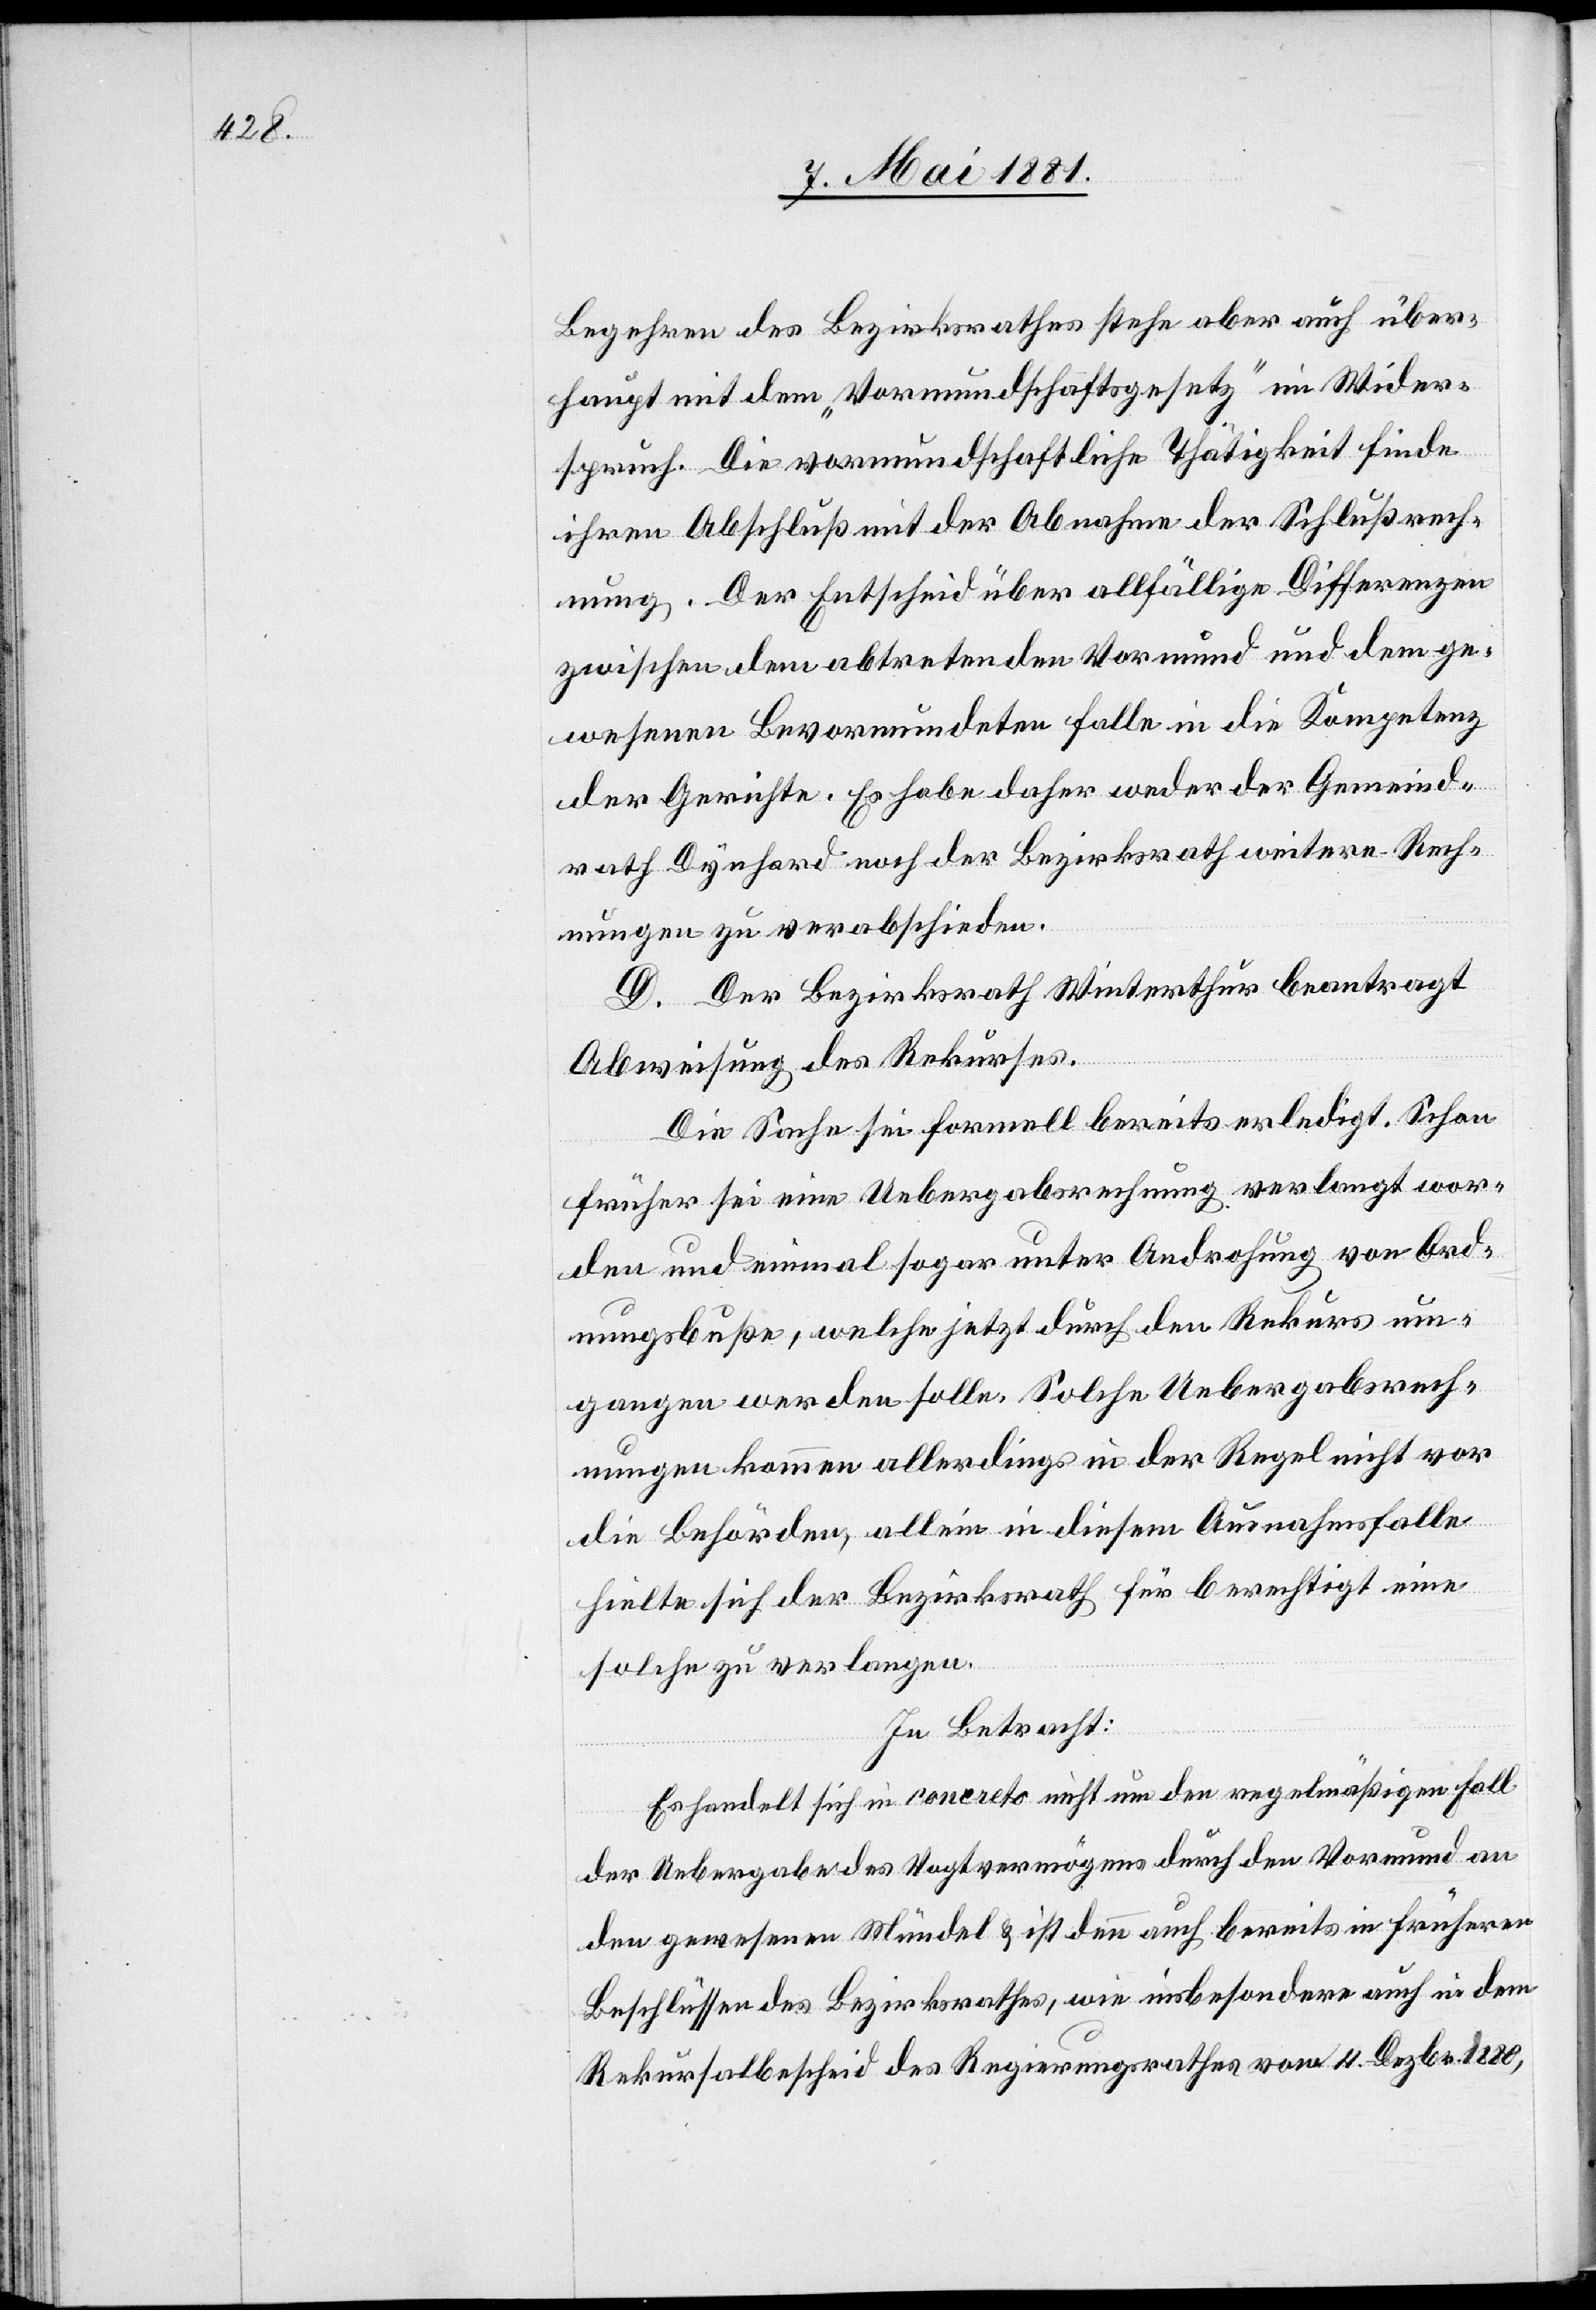
Begehren des Bezirksrathes stehe aber auch über¬
haupt mit dem „Vormundschaftsgesetz“ im Wider¬
spruch. Die vormundschaftliche Thätigkeit finde
ihren Abschluß mit der Abnahme der Schlußrech¬
nung. Der Entscheid über allfällige Differenzen
zwischen dem abtretenden Vormund und dem ge¬
wesenen Bevormundeten falle in die Kompetenz
der Gerichte. Es habe daher weder der Gemeind¬
rath Dynhard noch der Bezirksrath weitere Rech¬
nungen zu verabschieden.
D. Der Bezirksrath Winterthur beantragt
Abweisung des Rekurses.
Die Sache sei formell bereits erledigt. Schon
früher sei eine Uebergabsrechnung verlangt wor¬
den und einmal sogar unter Androhung von Ord¬
nungsbuße, welche jetzt durch den Rekurs um¬
gangen werden solle. Solche Uebergabsrech¬
nungen kommen allerdings in der Regel nicht vor
die Behörden, allein in diesem Ausnahmsfalle
hielte sich der Bezirksrath für berechtigt eine
solche zu verlangen.
In Betracht:
Es handelt sich in concreto nicht um den regelmäßigen Fall
der Uebergabe des Vogtvermögens durch den Vormund an
den gewesenen Mündel & ist denn auch bereits in frühern
Beschlüssen des Bezirksrathes, wie insbesondere auch in dem
Rekursalbescheid des Regierungsrathes vom 4. Dezbr. 1880,